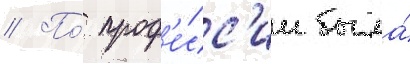
// По́ проф'е́сс'ии была́